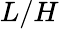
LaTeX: L/H